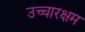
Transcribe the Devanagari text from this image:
उच्चारक्षम